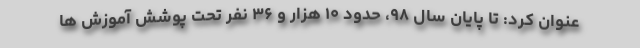
عنوان کرد: تا پایان سال ۹۸، حدود ۱۰ هزار و ۳۶ نفر تحت پوشش آموزش ها